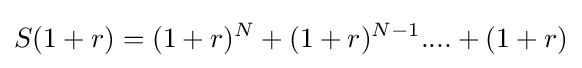
S(1+r)=(1+r)^{N}+(1+r)^{N-1}....+(1+r)